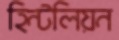
হিন্টলিয়ন